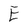
Character: E